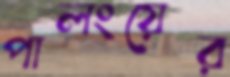
পালংয়ের